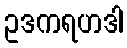
ဥဒကရဟဒါ